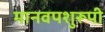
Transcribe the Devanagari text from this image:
मानवपशुरूपी